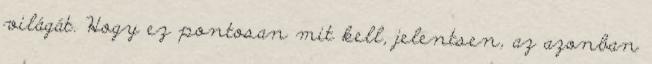
világát. Hogy ez pontosan mit kell, jelentsen, az azonban